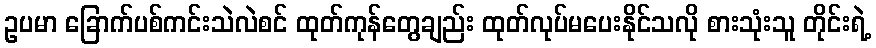
ဥပမာ ခြောက်ပစ်ကင်းသဲလဲစင် ထုတ်ကုန်တွေချည်း ထုတ်လုပ်မပေးနိုင်သလို စားသုံးသူ တိုင်းရဲ့